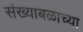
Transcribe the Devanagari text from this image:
संख्याबळाच्या